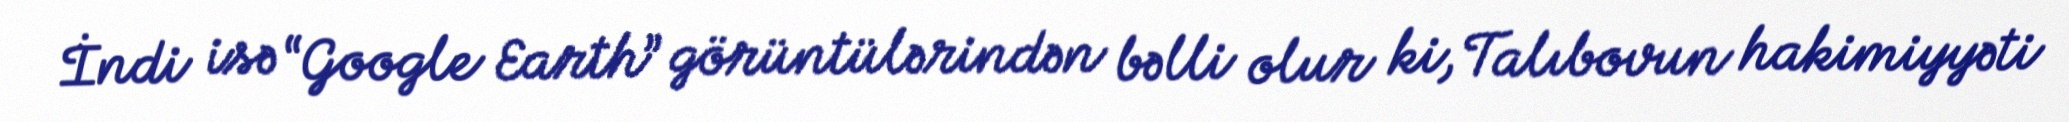
İndi isə “Google Earth” görüntülərindən bəlli olur ki, Talıbovun hakimiyyəti